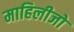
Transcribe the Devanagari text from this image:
माहिलीजो